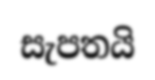
සැපතයි